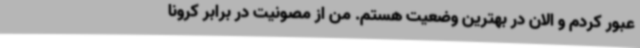
عبور کردم و الان در بهترین وضعیت هستم. من از مصونیت در برابر کرونا